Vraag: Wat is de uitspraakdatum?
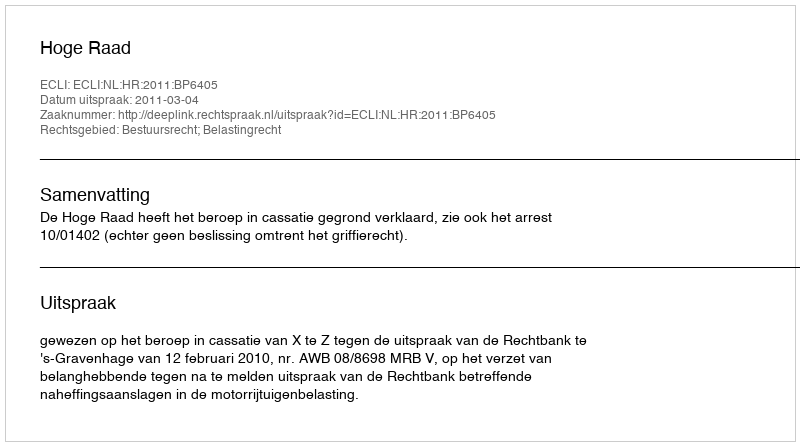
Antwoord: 2011-03-04